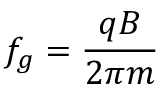
f _ { g } = { \frac { q B } { 2 \pi m } }